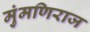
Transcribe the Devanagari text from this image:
मुंमणिराज